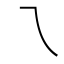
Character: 乁